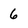
Character: 6